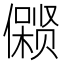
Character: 𱏛